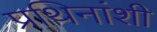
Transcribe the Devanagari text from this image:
प्रथिनांशी